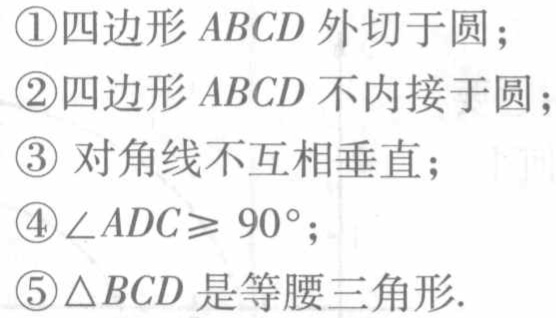
\textcircled{1}四边形 \(ABCD\) 外切于圆；
\textcircled{2}四边形 \(ABCD\) 不内接于圆；
\textcircled{3} 对角线不互相垂直；
\textcircled{4}\(\angle ADC\geqslant 90^{\circ}\)；
\textcircled{5}\(\triangle BCD\) 是等腰三角形.